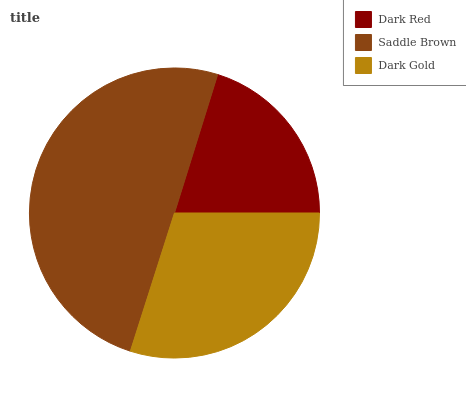
| Dark Red | Saddle Brown | Dark Gold |
 | --- | --- | --- |
 | 20.2% | 49.8% | 29.9% |